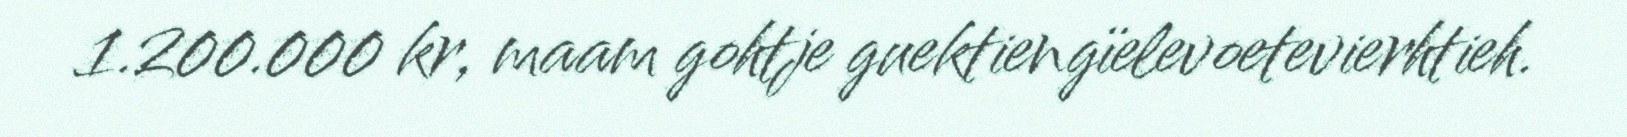
1.200.000 kr, maam gohtje guektiengïelevoetevierhtieh.